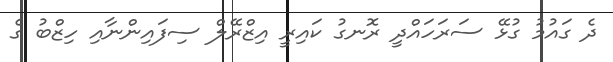
ދެ ގަައުމު ގުޅޭ ސަރަހައްދީ ރޮނގު ކައިރީ އިޒްރޭލް ސިފައިންނާއި ހިޒްބު ގެ